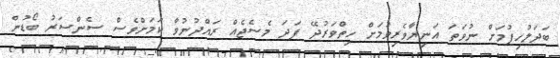
ބަދަލުހިފުމަށް ނުވަތަ އަނިޔާވެރިވުމަށް ހިތްވަރުދޭ ފަދަ މެސެޖެއް ރައްދުނުވާ ކަމަށްވެސް ސެންސަރު ބޯޑުން